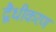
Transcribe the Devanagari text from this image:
द्वैधीकरण